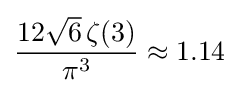
{\frac {12{\sqrt {6}}\,\zeta (3)}{\pi ^{3}}}\approx 1.14